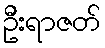
ဦးရာဇတ်